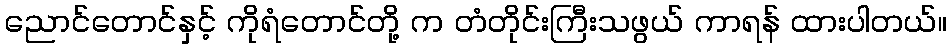
ညောင်တောင်နှင့် ကိုရံတောင်တို့ က တံတိုင်းကြီးသဖွယ် ကာရန် ထားပါတယ်။